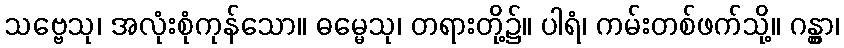
သဗ္ဗေသု၊ အလုံးစုံကုန်သော။ ဓမ္မေသု၊ တရားတို့၌။ ပါရံ၊ ကမ်းတစ်ဖက်သို့။ ဂန္တွာ၊